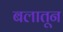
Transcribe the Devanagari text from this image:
बलातून